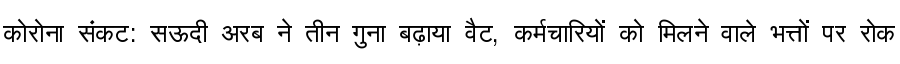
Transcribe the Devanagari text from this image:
कोरोना संकट: सऊदी अरब ने तीन गुना बढ़ाया वैट, कर्मचारियों को मिलने वाले भत्तों पर रोक